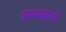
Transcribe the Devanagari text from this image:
वासनारूपी